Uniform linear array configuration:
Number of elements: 64
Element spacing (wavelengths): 1
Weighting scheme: blackman
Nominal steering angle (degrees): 60
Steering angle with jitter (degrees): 59.862
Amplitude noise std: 0.05
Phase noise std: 0.05

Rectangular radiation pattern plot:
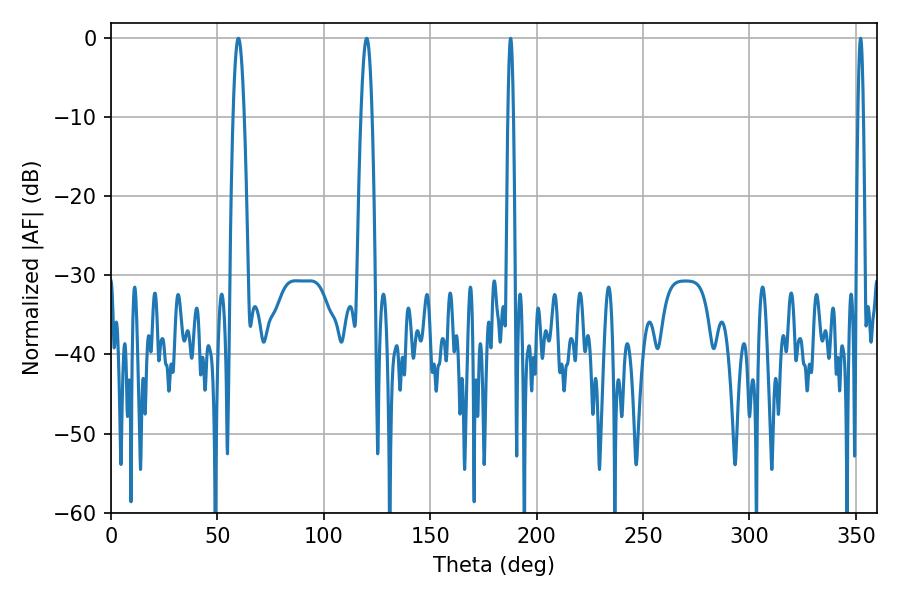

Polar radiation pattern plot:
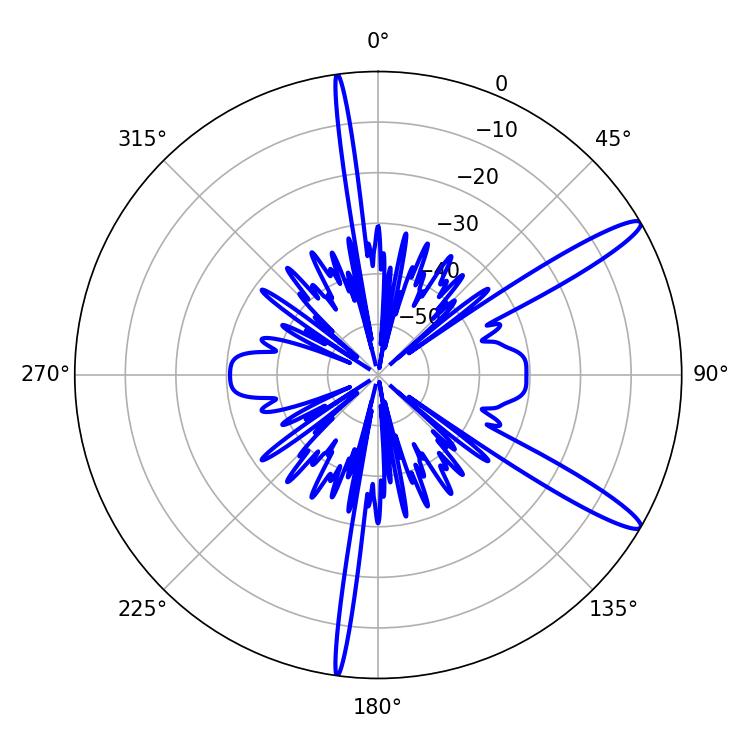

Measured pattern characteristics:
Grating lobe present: TRUE
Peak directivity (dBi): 13.581
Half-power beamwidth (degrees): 1.44
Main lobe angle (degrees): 187.74